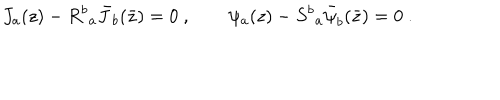
J _ { a } ( z ) - { R ^ { b } } _ { a } { \bar { J } } _ { b } ( \bar { z } ) = 0 ~ , \qquad \psi _ { a } ( z ) - { S ^ { b } } _ { a } { \bar { \psi } } _ { b } ( \bar { z } ) = 0 ~ .